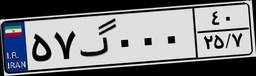
۵۷گ۰۰۰۴۰